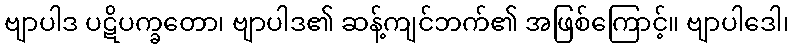
ဗျာပါဒ ပဋိပက္ခတော၊ ဗျာပါဒ၏ ဆန့်ကျင်ဘက်၏ အဖြစ်ကြောင့်။ ဗျာပါဒေါ၊